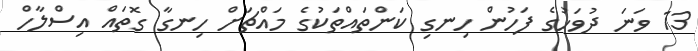
13 ވަނަ ދުވަހުގެ ފަހުން ހިނގި ކަންތައްތަކުގެ މައްޗަށް ހިނގާ ގޮތައް އިސްލާހް